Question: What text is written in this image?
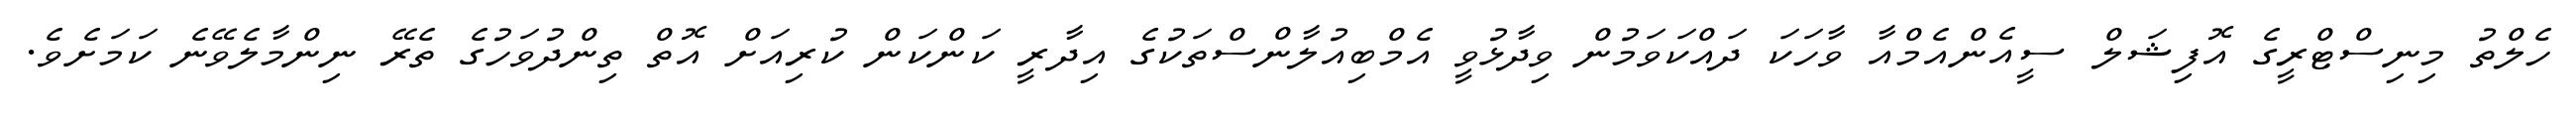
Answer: ހެލްތު މިނިސްޓްރީގެ އޮފިޝަލް ސީއެންއެމްއާ ވާހަކަ ދައްކަވަމުން ވިދާޅުވީ އެމްބިއުލާންސްތަކުގެ އިދާރީ ކަންކަން ކުރިއަށް އޮތް ތިންދުވަހުގެ ތެރޭ ނިންމާލެވޭނެ ކަމަށެވެ.